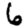
Digit: 6